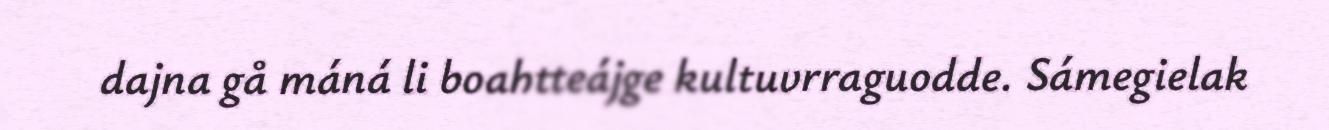
dajna gå máná li boahtteájge kultuvrraguodde. Sámegielak